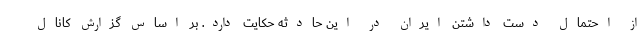
از احتمال دست داشتن ایران در این حادثه حکایت دارد. بر اساس گزارش کانال